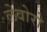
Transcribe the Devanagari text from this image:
लेवोरो